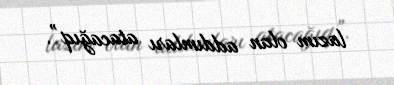
lazım olan addımları atacağıq”.